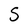
Character: S